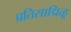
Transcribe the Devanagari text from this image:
प्रतिसाद्मिळू